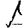
Digit: 1